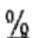
%